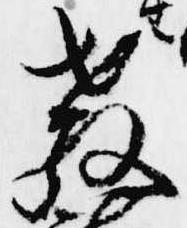
教